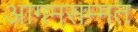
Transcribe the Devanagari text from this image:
आगमसम्मत